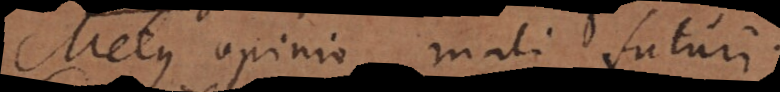
Metus opinio mali futuri